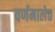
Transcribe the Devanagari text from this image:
वर्णमालेत